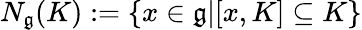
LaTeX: N_{\mathfrak{g}}(K):=\{ x\in{\mathfrak{g}}|[x,K]\subseteq K\}